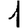
Digit: 1